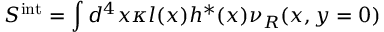
S ^ { \mathrm { i n t } } = \int d ^ { 4 } x \kappa l ( x ) h ^ { * } ( x ) \nu _ { R } ( x , y = 0 )